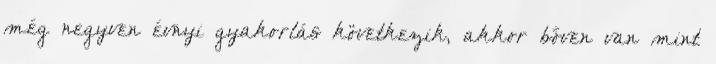
még negyven évnyi gyakorlás következik, akkor bőven van mint